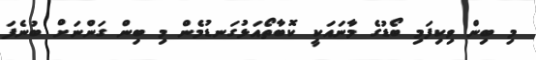
މި ބިން ވިކިފަމި ބޯޑުގެ މާނައަކީ ކޮބާތޯއަޅުގަނޑުމެން މި ބިން ގަންނަށް ބުނެފަ